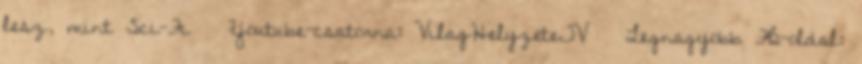
lesz, mint Sci-Fi ◢ Youtube-csatorna: VilagHelyzeteTV ◢ Legnagyobb FB-oldal: